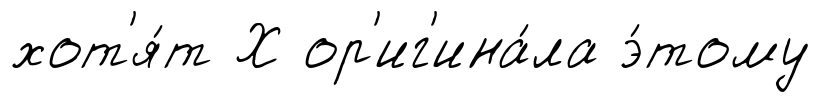
хот'я́т Х ор'иг'ина́ла э́тому